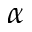
\alpha